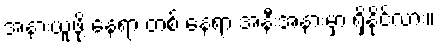
အနားယူဖို့ နေရာ တစ် နေရာ အနီးအနားမှာ ရှိနိုင်လား။